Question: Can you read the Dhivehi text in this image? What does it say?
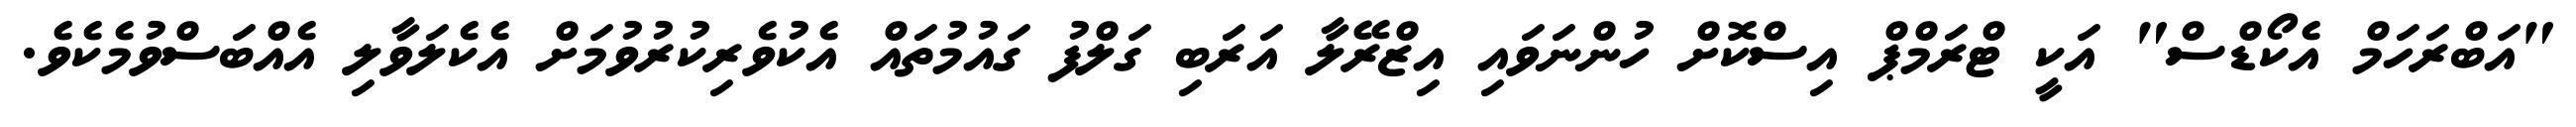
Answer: "އަބްރަހަމް އެކޯޑްސް" އަކީ ޓްރަމްޕް އިސްކޮށް ހުންނަވައި އިޒްރޭލާ އަރަބި ގަލްފު ގައުމުތައް އެކުވެރިކުރުވުމަށް އެކެލަވާލި އެއްބަސްވުމެކެވެ.